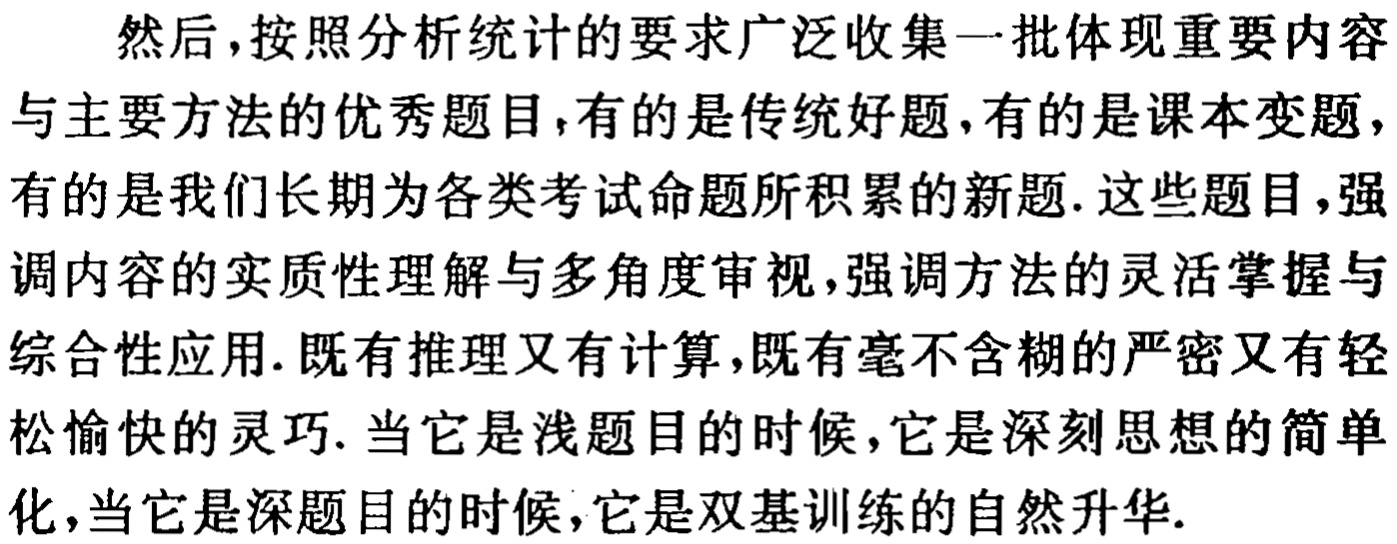
然后，按照分析统计的要求广泛收集一批体现重要内容

与主要方法的优秀题目，有的是传统好题，有的是课本变题，

有的是我们长期为各类考试命题所积累的新题. 这些题目，强

调内容的实质性理解与多角度审视，强调方法的灵活掌握与

综合性应用. 既有推理又有计算，既有毫不含糊的严密又有轻

松愉快的灵巧. 当它是浅题目的时候，它是深刻思想的简单

化，当它是深题目的时候，它是双基训练的自然升华.